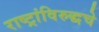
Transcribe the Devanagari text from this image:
राष्ट्रांविरुद्धचे